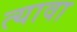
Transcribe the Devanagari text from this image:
त्यावा